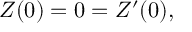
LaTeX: { \cal Z } ( 0 ) = 0 = { \cal Z } ^ { \prime } ( 0 ) ,